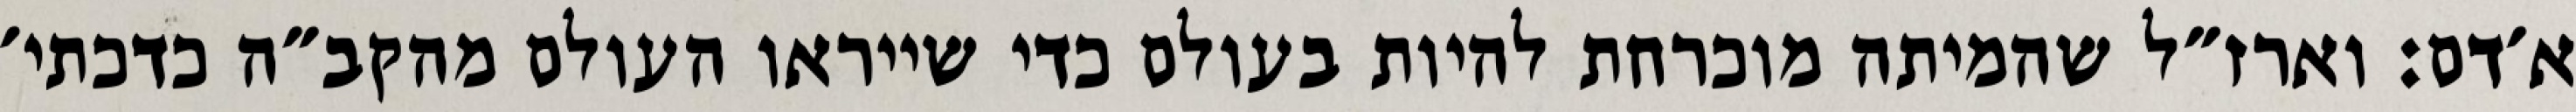
א׳דם: וארז״ל שהמיתה מוכרחת להיות בעולם כדי שייראו העולם מהקב״ה כדכתי׳